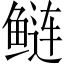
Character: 鲢